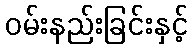
ဝမ်းနည်းခြင်းနှင့်